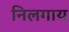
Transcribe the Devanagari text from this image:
निलगाय